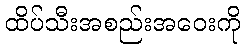
ထိပ်သီးအစည်းအဝေးကို